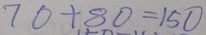
7 0 + 8 0 = 1 5 0